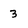
Character: 3